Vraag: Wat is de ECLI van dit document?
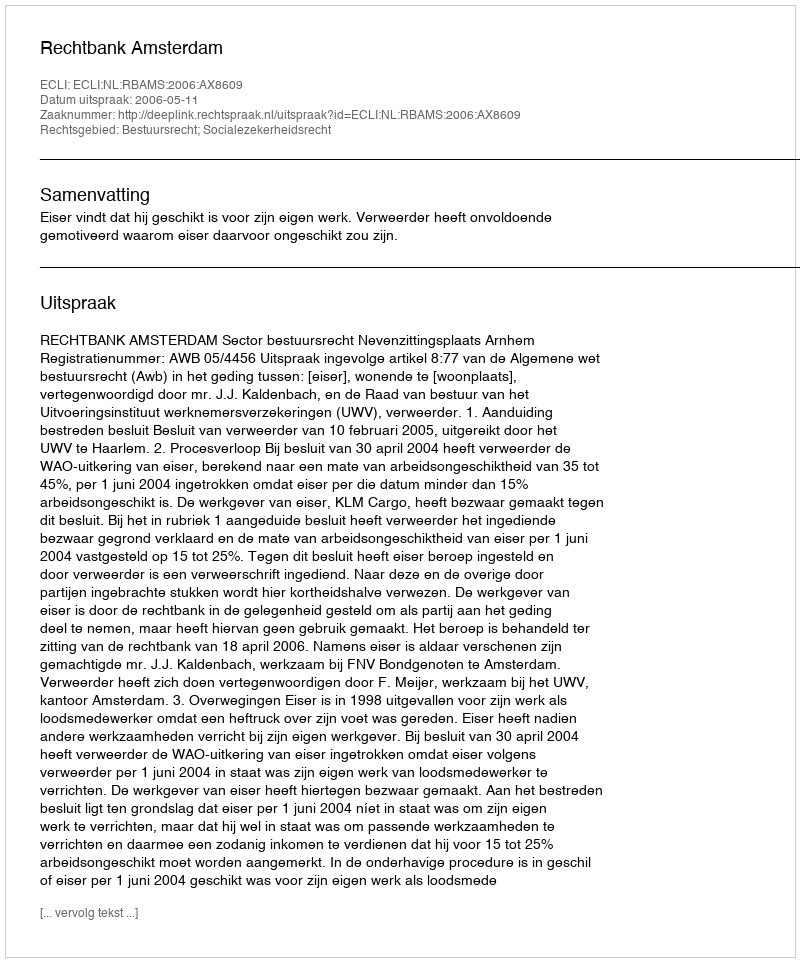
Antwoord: ECLI:NL:RBAMS:2006:AX8609